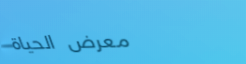
معرض الحياة